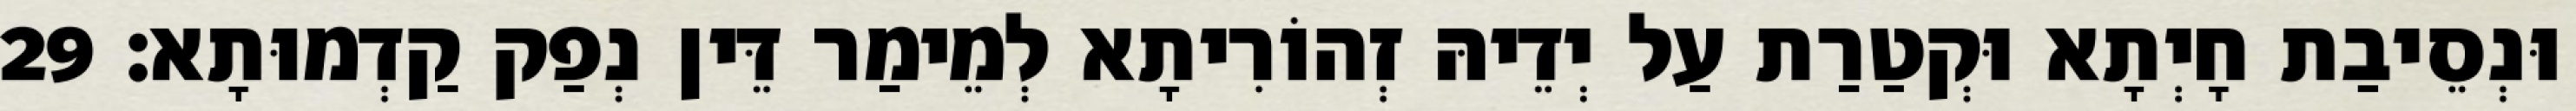
וּנְסֵיבַת חָיְתָא וּקְטַרַת עַל יְדֵיהּ זְהוֹרִיתָא לְמֵימַר דֵּין נְפַק קַדְמוּתָא׃ 29